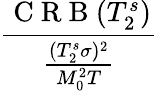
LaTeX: \frac{\mathrm{~C~R~B~}(T_{2}^{s})}{\frac{(T_{2}^{s}\sigma)^{2}}{M_{0}^{2}T}}